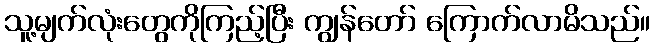
သူ့မျက်လုံးတွေကိုကြည့်ပြီး ကျွန်တော် ကြောက်လာမိသည်။